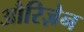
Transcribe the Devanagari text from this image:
औरिज़ेन